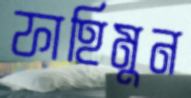
ফাহিমুন